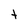
Character: t